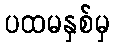
ပထမနှစ်မှ